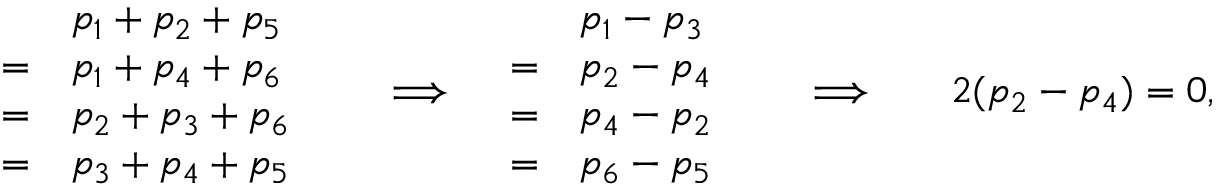
\begin{array} { r l r l r l r l r } & { \begin{array} { r l } & { p _ { 1 } + p _ { 2 } + p _ { 5 } } \\ { = } & { p _ { 1 } + p _ { 4 } + p _ { 6 } } \\ { = } & { p _ { 2 } + p _ { 3 } + p _ { 6 } } \\ { = } & { p _ { 3 } + p _ { 4 } + p _ { 5 } } \end{array} } & & { \Longrightarrow } & { \begin{array} { r l } & { p _ { 1 } - p _ { 3 } } \\ { = } & { p _ { 2 } - p _ { 4 } } \\ { = } & { p _ { 4 } - p _ { 2 } } \\ { = } & { p _ { 6 } - p _ { 5 } } \end{array} } & { } & { \Longrightarrow } & { } & { 2 ( p _ { 2 } - p _ { 4 } ) = 0 , } \end{array}